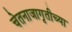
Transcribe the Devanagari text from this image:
चेतनाजागृतीच्या